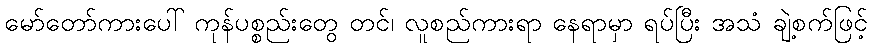
မော်တော်ကားပေါ် ကုန်ပစ္စည်းတွေ တင်၊ လူစည်ကားရာ နေရာမှာ ရပ်ပြီး အသံ ချဲ့စက်ဖြင့်